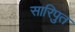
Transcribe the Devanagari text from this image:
सारिपुत